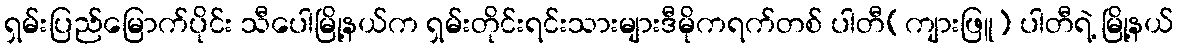
ရှမ်းပြည်မြောက်ပိုင်း သီပေါမြို့နယ်က ရှမ်းတိုင်းရင်းသားများဒီမိုကရက်တစ် ပါတီ(ကျားဖြူ) ပါတီရဲ့ မြို့နယ်